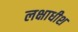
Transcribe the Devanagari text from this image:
लक्षाधीश